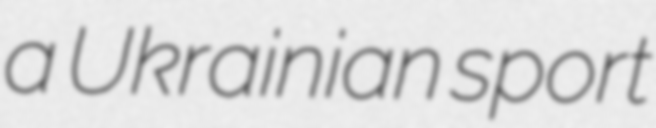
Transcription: a Ukrainian sport